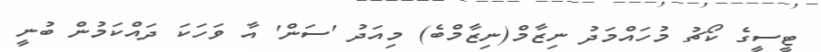
ޓީސީގެ ކޯޗު މުހައްމަދު ނިޒާމް(ނިޒާމްބެ) މިއަދު 'ސަން' އާ ވަހަކަ ދައްކަމުން ބުނީ